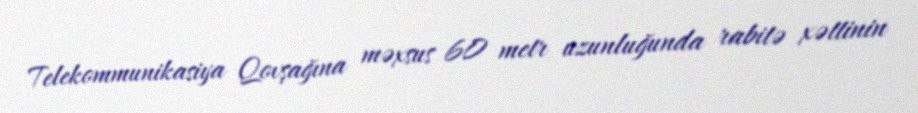
Telekommunikasiya Qovşağına məxsus 60 metr uzunluğunda rabitə xəttinin